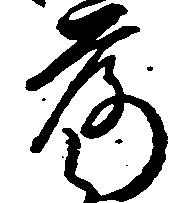
落